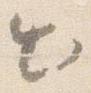
出